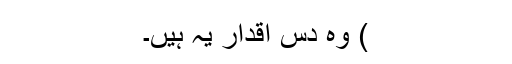
) وہ دس اقدار یہ ہیں۔